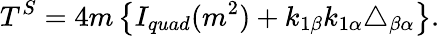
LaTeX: T^{S}=4m\left\{ I_{quad}(m^{2})+k_{1\beta}k_{1\alpha}\triangle_{\beta\alpha}\right\} .